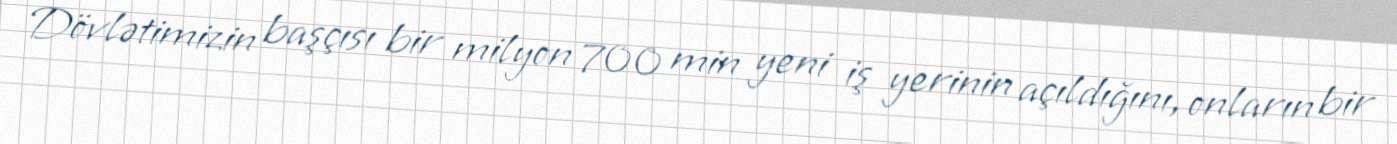
Dövlətimizin başçısı bir milyon 700 min yeni iş yerinin açıldığını, onların bir